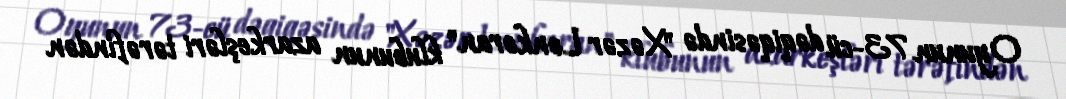
Oyunun 73-cü dəqiqəsində "Xəzər Lənkəran" klubunun azarkeşləri tərəfindən